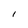
Character: 1